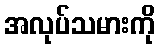
အလုပ်သမားကို